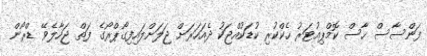
ފަންސާސް ހާސް ކޮމްޕިއުޓަރު ހެކްކުރި ކުޑަކުއްޖަކު ދެއަހަރަށް ޖަލަށްލައިފިގޯޕްރޯގެ ފަތް ޖަހާލެވޭ ޑްރޯން